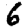
Digit: 6